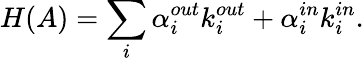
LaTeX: H(A)=\sum_{i}\alpha_{i}^{out}k_{i}^{out}+\alpha_{i}^{in}k_{i}^{in}.